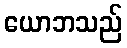
ယောဘသည်